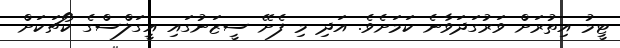
ޓީމު އިތުރަށް ވަރުގަދަވާނެ ކަމަށެވެ. އަދި މި ފެށޭ ސީޒަނުގައި އީގަލްސްގެ ކޯޗަކަށް